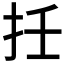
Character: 𢪭